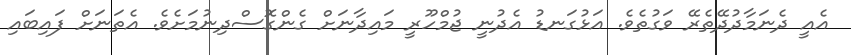
އެއީ ދެނަމާދުދޭތެރޭ ވަގުތެވެ. އަޅުގަނޑު އެދުނީ ޖުމްހޫރީ މައިދާނަށް ގެންގޮސްދިނުމަށެވެ. އެތަނަށް ފައިބައި